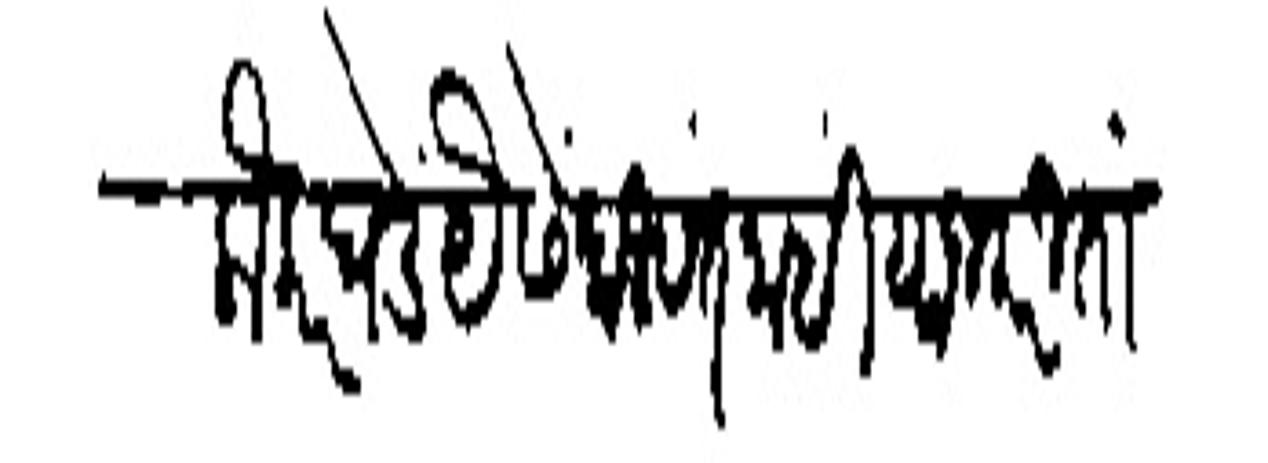
Transliteration (Devanagari): लौकर घडे यैसें दिसत नाहीं वाजकरिता